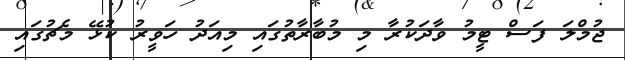
ޖުމްލަ ފަސް ޓީމު ވާދަކުރާ މި މުބާރާތުގައި މިއަދު ހަވީރު ކުޅޭ މެޗުގައި